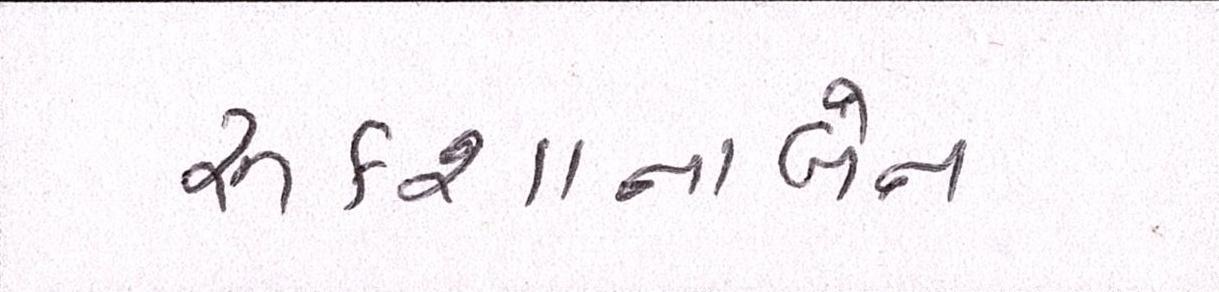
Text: રૂકશાનાબેન